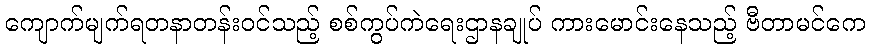
ကျောက်မျက်ရတနာတန်းဝင်သည့် စစ်ကွပ်ကဲရေးဌာနချုပ် ကားမောင်းနေသည့် ဗီတာမင်ကေ